Problem: 7 × 9 = ?
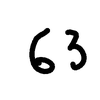
Handwritten answer: 63